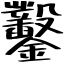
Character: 鑿